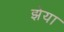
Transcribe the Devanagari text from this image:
झेया